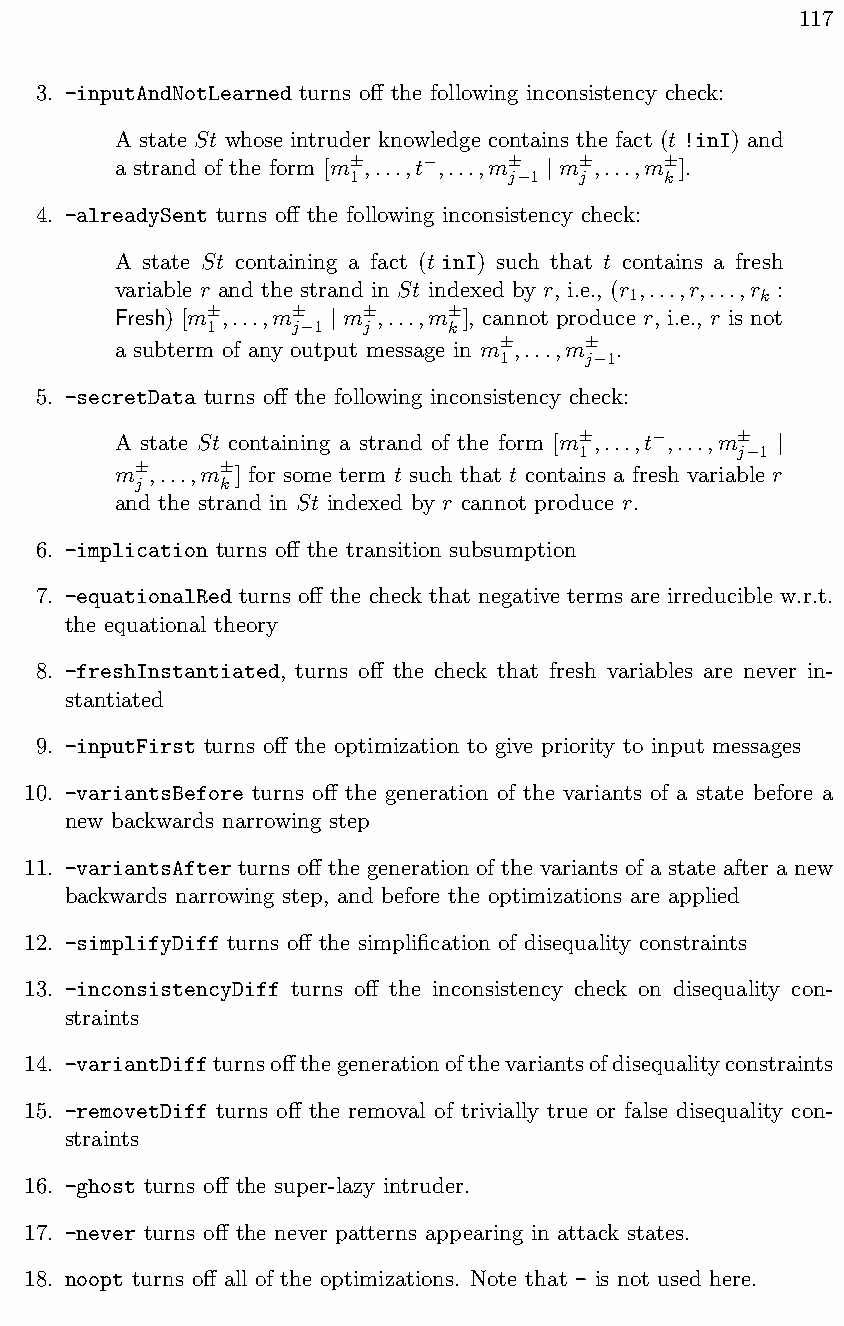
117
 3. -inputAndNotLearned turns o↵ the following inconsistency check:
 A state St whose intruder knowledge contains the fact (t !inI) and
 a strand of the form [m ,...,t ,...,m m ,...,m ].
 ±1        ±j 1 | ±j ±k

 4. -alreadySent turns o↵ the following inconsistency check:
 A state St containing a fact (t inI) such that t contains a fresh
 variable r and the strand in St indexed by r, i.e., (r ,...,r,...,r :
 1        k
 Fresh) [m ,...,m m ,...,m ], cannot produce r, i.e., r is not
 ±1   ±j 1 | ±j  ±k

 a subterm of any output message in m ,...,m .
 ±1    ±j 1

 5. -secretData turns o↵ the following inconsistency check:
 A state St containing a strand of the form [m ,...,t ,...,m
 ±1        ±j 1 |

 m  ,...,m ] for some term t such that t contains a fresh variable r
 ±j   ±k
 and the strand in St indexed by r cannot produce r.
 6. -implication turns o↵ the transition subsumption
 7. -equationalRed turns o↵ the check that negative terms are irreducible w.r.t.
 the equational theory
 8. -freshInstantiated, turns o↵ the check that fresh variables are never in-
 stantiated
 9. -inputFirst turns o↵ the optimization to give priority to input messages
 10. -variantsBefore turns o↵ the generation of the variants of a state before a
 new backwards narrowing step
 11. -variantsAfter turns o↵ the generation of the variants of a state after a new
 backwards narrowing step, and before the optimizations are applied
 12. -simplifyDiff turns o↵ the simplification of disequality constraints
 13. -inconsistencyDiff turns o↵ the inconsistency check on disequality con-
 straints
 14. -variantDiffturnso↵thegenerationofthevariantsofdisequalityconstraints
 15. -removetDiff turns o↵ the removal of trivially true or false disequality con-
 straints
 16. -ghost turns o↵ the super-lazy intruder.
 17. -never turns o↵ the never patterns appearing in attack states.
 18. noopt turns o↵ all of the optimizations. Note that - is not used here.